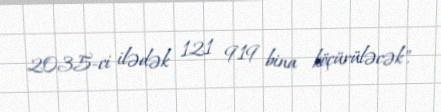
2035-ci ilədək 121 919 bina köçürüləcək".